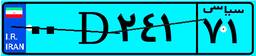
۰۰D۲۴۱۷۱